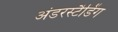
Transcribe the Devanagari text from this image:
अंडरस्टैडिंग